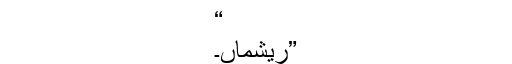
“
”ریشماں۔